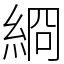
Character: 綗